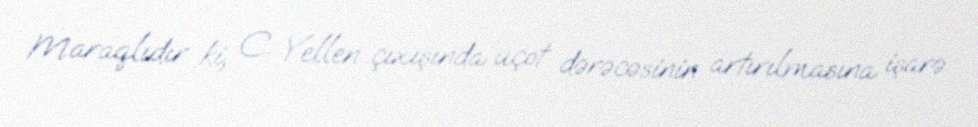
Maraqlıdır ki, C. Yellen çıxışında uçot dərəcəsinin artırılmasına işarə